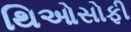
થિઓસોફી